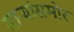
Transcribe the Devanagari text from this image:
साऱ्यांसमोर